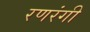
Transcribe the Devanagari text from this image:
रणरंगी